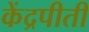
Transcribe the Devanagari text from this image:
केंद्रपीती